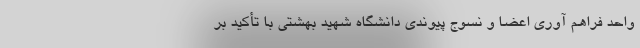
واحد فراهم آوری اعضا و نسوج پیوندی دانشگاه شهید بهشتی با تأکید بر